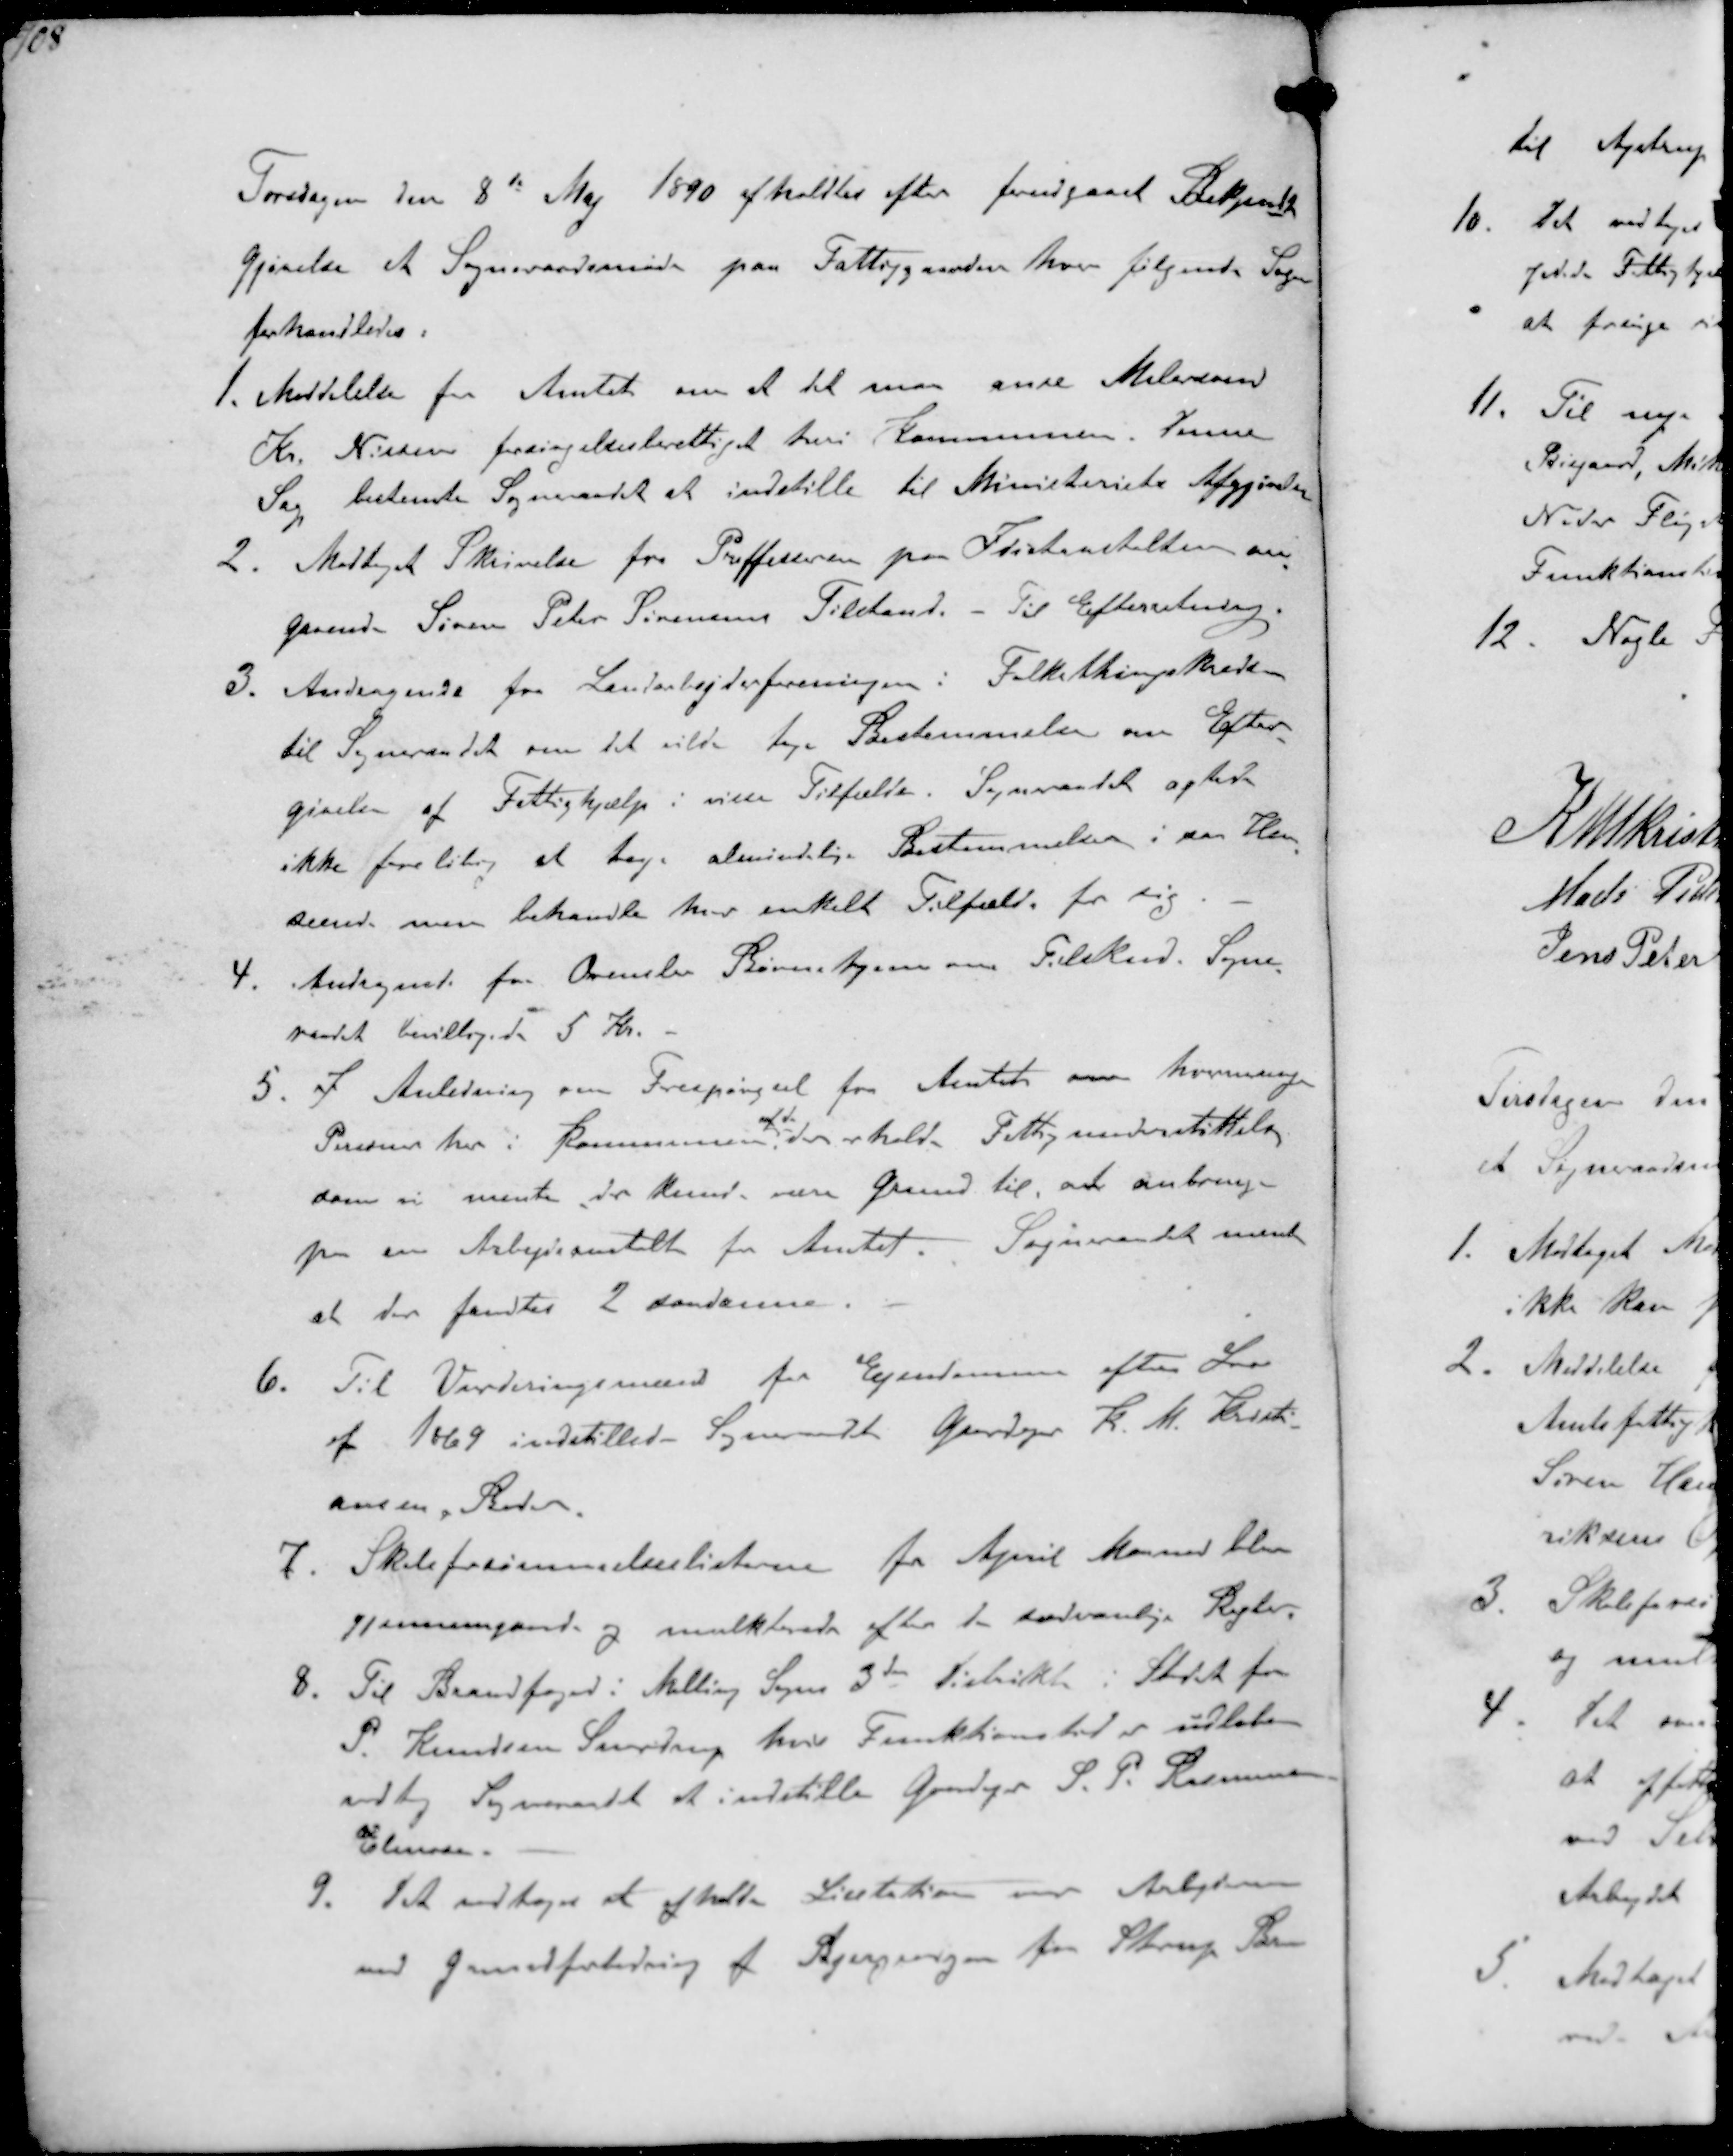
Transskription:
Torsdagen den 8de Maj 1890 afholdtes efter forudgaaet Bekjendt-
gjørelse et Sogneraadsmøde paa Fattiggaarden hver følgende Sager
forhandledes.
1. Meddelelse fra Amtet om at det man anse Malersvend
Kr. Nissen forsørgelsesberettiget heri Kommunen. Denne
Sag bestemte Sogneraadet at indstille til Ministeriets Afgjørelse
2. Modtaget Skrivelse fra Proffesseren paa Idiotanstalten om
Gaamd Søren Peter Sørensens Tilstand. Til Efterretning.
3. Andragende fra Landarbejderforeningen i Folkethingskredsen
til Sogneraadet om det vilde tage Bestemmelse om Efter-
givelse af Fattighjælp i visse Tilfælde. Sogneraadet agter
ikke foreløbig at tage almindelige Bestemmelser i saa Hen-
seende men behandle hver enkelt Tilfælde for sig
4. Andragende fra Ormslev Børnehjem om Tilskud. Sogne-
raadet bevilligede 5 Kr.
5. I Anledning om Forespørgsel fra Amtet om hvormange
Personer her i Kommunen
af de
der erholder Fattigunderstøttelse
som vi mente der kunde være Grund til, at anbringe
paa en Arbejdsanstaltt for Amtet. Sogneraadet mente
at der fandtes 2 saadanne.
6. Til Vurderingsmænd for Ejendomme efter Lov
af 1869 indstillede Sogneraadet Gaardejer K.M. Kristi-
ansen, Beder.
7. Skoleforsømmelseslisterne for April Maaned blev
gjennemgaaede og mulkterede efter de sædvanlge Regler.
8. Til Brandfoged i Malling Sogns 3de Distrikt i Stedet for
P. Knudsen Snovdrup hvis Funktionstid er udløben
vedtog Sogneraadet at indstille Gaardejer S. P. Rasmussen
Elmose.
9. Det vedtoges at afholde Licitation over Arbejdet
med Grundforbedring af Bjergevejen fra Starup Br